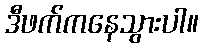
ဒီဖက်ကနေသွားပါ။